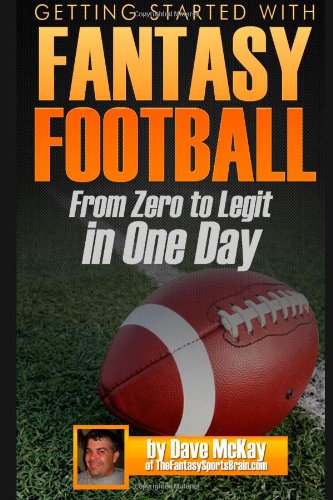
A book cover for Getting Started with Fantasy Football: From Zero to Legit in One Day; Dave McKay; Humor & Entertainment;